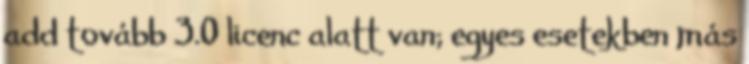
add tovább 3.0 licenc alatt van; egyes esetekben más